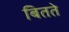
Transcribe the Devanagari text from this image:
बितते